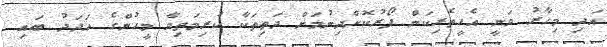
އަދި މިހާރު ވަނީ އެހީތެރިކަން ފޯރުކޮށްދިނުމަށް ދަތިތަކާ ކުރިމަތިވާ މީހުންގެ އަދަދު ބައި